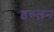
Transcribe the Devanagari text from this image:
इरुलन